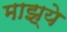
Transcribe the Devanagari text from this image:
माझ्ये